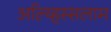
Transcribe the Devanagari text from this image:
अल्य्हिस्सलाम